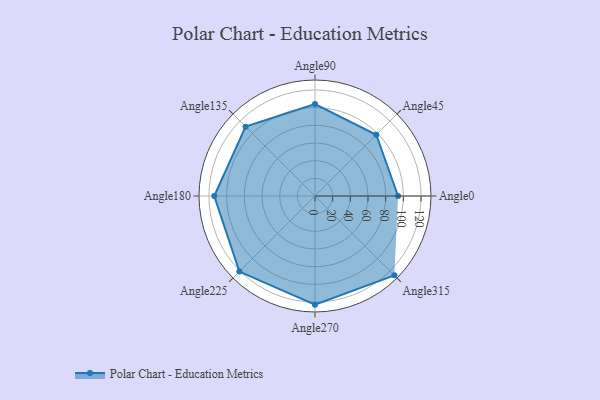
{"axis": {"x": "Angle", "y": "Radius"}, "legend": [""], "data": [{"x": "Angle0", "y": 94.0, "type": ""}, {"x": "Angle45", "y": 98.0, "type": ""}, {"x": "Angle90", "y": 104.0, "type": ""}, {"x": "Angle135", "y": 111.0, "type": ""}, {"x": "Angle180", "y": 114.0, "type": ""}, {"x": "Angle225", "y": 121.0, "type": ""}, {"x": "Angle270", "y": 123.0, "type": ""}, {"x": "Angle315", "y": 127.0, "type": ""}]}